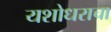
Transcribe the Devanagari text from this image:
यशोधराचा